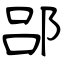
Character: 郘